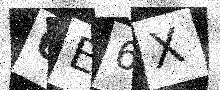
Text: 6E6X